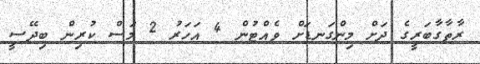
ރާތާގާބަރީގެ ދަށް މިންގަނޑަށް ވެއްޓުން 4 އަހަރު 2 މަސް ކުރިން ބިދޭސީ